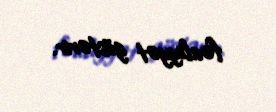
fəaliyyət göstərir.